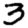
Digit: 3